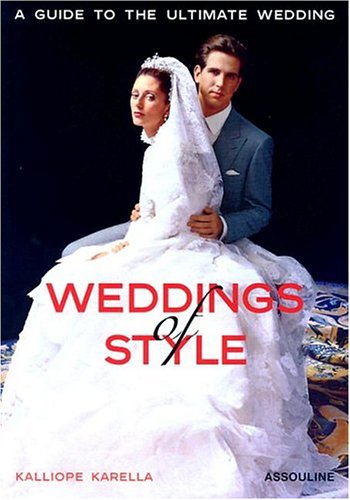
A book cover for Weddings of Style: A Guide to the Ultimate Wedding; Kalliope Karella; Crafts, Hobbies & Home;